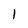
Character: 1